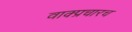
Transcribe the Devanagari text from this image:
वाक्प्रचारच